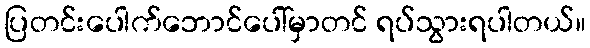
ပြတင်းပေါက်ဘောင်ပေါ်မှာတင် ရပ်သွားရပါတယ်။